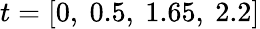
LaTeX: t=[0,\ 0.5,\ 1.65,\ 2.2]